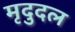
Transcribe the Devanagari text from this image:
मृदुदल